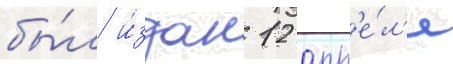
бы́л и́здан 12 апр'е́л'я